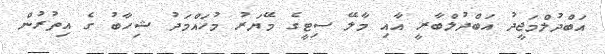
އަބްދުލްމަޖީދު އަބްދުލްބާރީ އާއި މާލޭ ސިޓީގެ މޭޔަރު މުހައްމަދު ޝިހާބު ގެ އިތުރުން